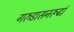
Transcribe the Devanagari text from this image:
गरुडासनरूढां